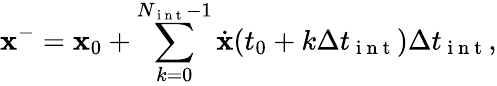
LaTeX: \mathbf{x}^{-}=\mathbf{x}_{0}+\sum_{k=0}^{N_{\mathrm{~i~n~t~}}-1}\dot{\mathbf{x}}(t_{0}+k\Delta t_{\mathrm{~i~n~t~}})\Delta t_{\mathrm{~i~n~t~}},